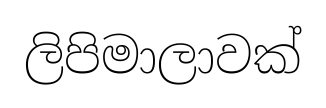
ලිපිමාලාවක්